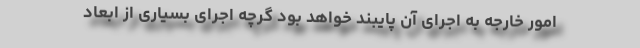
امور خارجه به اجرای آن پایبند خواهد بود گرچه اجرای بسیاری از ابعاد